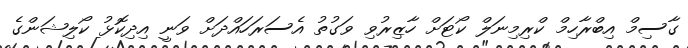
ގާސިމް އިބްރާހިމް ކްރިމިނަލް ކޯޓަށް ހާޒިރުވި ވަގުތު އެސަރަހައްދަށް ވަނީ އިދިކޮޅު ކޯލިޝަންގެ